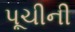
પૂચીની